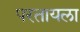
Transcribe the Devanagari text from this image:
परतायला